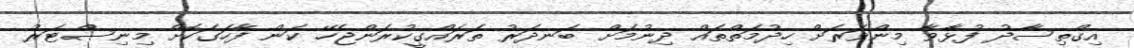
އިގްތިސާދު ފުޅާވާ މިންވަރަށް ހިދުމަތްތައް ދިނުމަށް ބަނދަރު ތަރައްގީކުރަންޖެހޭ ކަން ފާހަގަކޮށް މިނިސްޓަރު